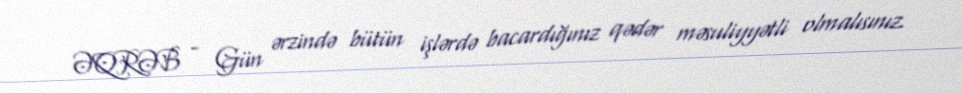
ƏQRƏB - Gün ərzində bütün işlərdə bacardığınız qədər məsuliyyətli olmalısınız.